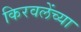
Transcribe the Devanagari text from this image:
किरवलेंच्या